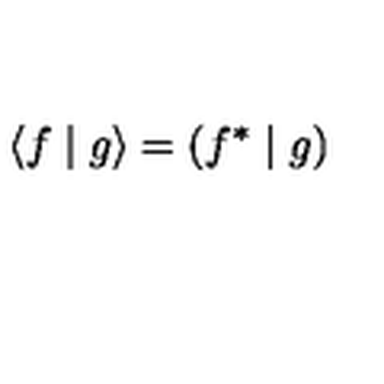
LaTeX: \left\langle f \mid g \right\rangle = \left( f ^ { * } \mid g \right)